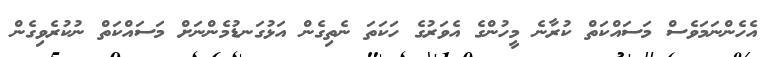
އެހެންނަމަވެސް މަސައްކަތް ކުރާނެ މީހުންގެ އެވަރުގެ ހަކަތަ ނެތިގެން އަޅުގަނޑުމެންނަށް މަސައްކަތް ނުކުރެވިގެން